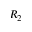
R _ { 2 }